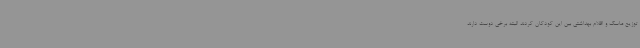
توزیع ماسک و اقلام بهداشتی بین این کودکان کردند البته برخی دوست دارند